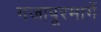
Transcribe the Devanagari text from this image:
गजापूरमार्गे